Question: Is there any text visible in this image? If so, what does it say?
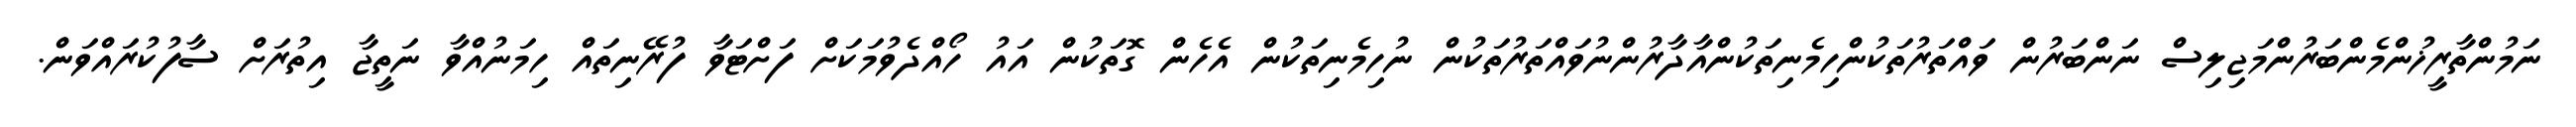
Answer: ނަމުންތާރީޚުންމެންބަރުންމަޖިލިސް ނަންބަރުން ވައްތަރުތަކުންހިމެނިތަކުންއާދާރުންނުވައްތަރުތަކުން ނުހިމެނިތަކުން އެހެން ގޮތަކުން އައު ހޯއްދެވުމަކަށް ފަށްޓަވާ ފުރޭނިތައް ހިމަނުއްވާ ނަތީޖާ އިތުރަށް ސާފުކުރައްވަން.